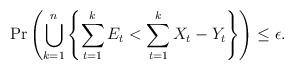
LaTeX: \begin{align*}\Pr \left( \bigcup_{k=1}^{n} \left\{ \sum_{t=1}^{k} E_t < \sum_{t=1}^{k} X_t - Y_t \right\} \right)\le \epsilon.\end{align*}